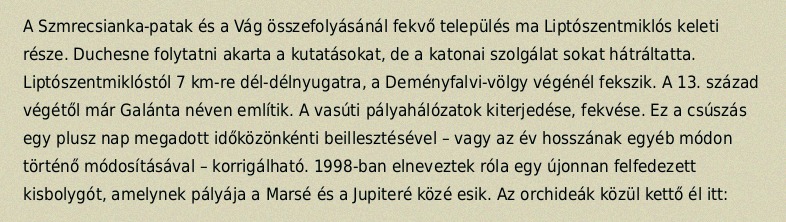
A Szmrecsianka-patak és a Vág összefolyásánál fekvő település ma Liptószentmiklós keleti része. Duchesne folytatni akarta a kutatásokat, de a katonai szolgálat sokat hátráltatta. Liptószentmiklóstól 7 km-re dél-délnyugatra, a Deményfalvi-völgy végénél fekszik. A 13. század végétől már Galánta néven említik. A vasúti pályahálózatok kiterjedése, fekvése. Ez a csúszás egy plusz nap megadott időközönkénti beillesztésével – vagy az év hosszának egyéb módon történő módosításával – korrigálható. 1998-ban elneveztek róla egy újonnan felfedezett kisbolygót, amelynek pályája a Marsé és a Jupiteré közé esik. Az orchideák közül kettő él itt: